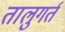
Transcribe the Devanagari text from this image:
तालुगर्त